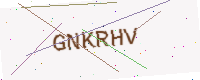
Text: GNKRHV